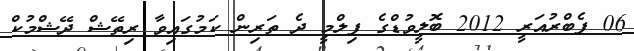
06 ފެބްރުއަރީ 2012 ބޮލީވުޑްގެ ފިލްމީ ދެ ތަރިން ކަމުގައިވާ ރިތޭޝް ދޭޝްމުކް